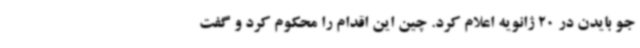
جو بایدن در 20 ژانویه اعلام کرد. چین این اقدام را محکوم کرد و گفت